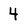
Character: 4